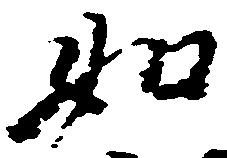
如